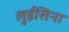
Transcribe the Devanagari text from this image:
लुईसिना